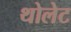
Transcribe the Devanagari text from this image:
थोलेट